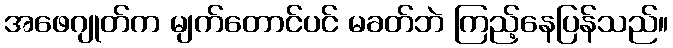
အဖေဂျုတ်က မျက်တောင်ပင် မခတ်ဘဲ ကြည့်နေပြန်သည်။